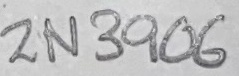
Text: 2N3906